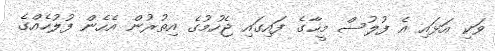
ވަކި އަޅައި އެ ފުލުސް މީހާގެ ފައިގައި ޖެހުމުގެ އިތުރުން އެހެން ފުލުހެއްގެ